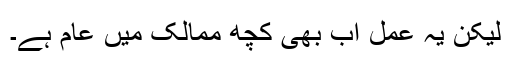
لیکن یہ عمل اب بھی کچھ ممالک میں عام ہے۔